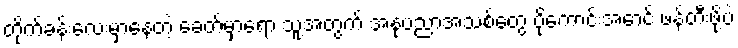
တိုက်ခန်းလေးမှာနေတဲ့ ခေတ်မှာရော သူ့အတွက် အနုပညာအသစ်တွေ ပိုကောင်းအောင် ဖန်တီးဖို့ပဲ